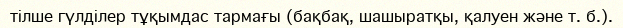
тілше гүлділер тұқымдас тармағы (бақбақ, шашыратқы, қалуен және т. б.).